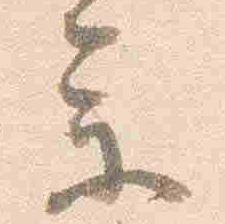
参